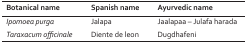
<table><thead><tr><td><b>Botanical name</b></td><td><b>Spanish name</b></td><td><b>Ayurvedic name</b></td></tr></thead><tbody><tr><td><i>Ipomoea purga</i></td><td>Jalapa</td><td>Jaalapaa − Julafa harada</td></tr><tr><td><i>Taraxacum officinale</i></td><td>Diente de leon</td><td>Dugdhafeni</td></tr></tbody></table>